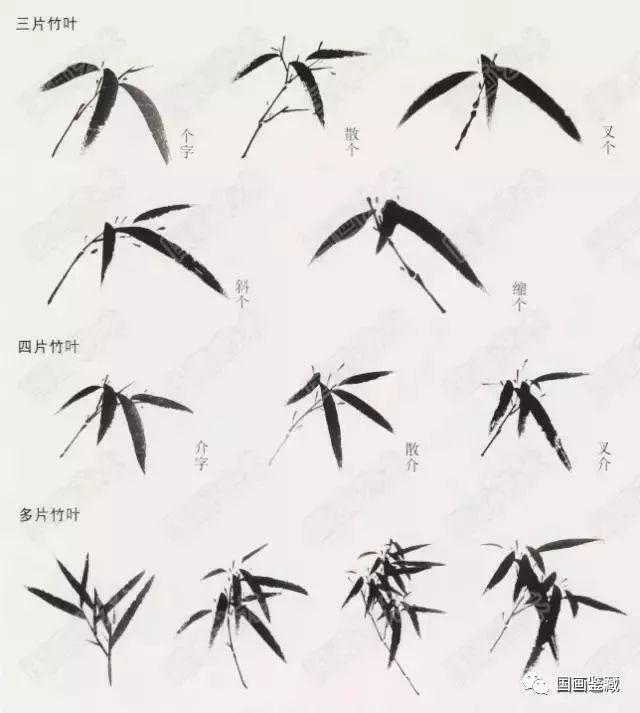
竹叶于人既无分，菊花从此不须开。